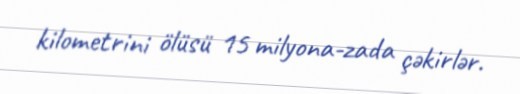
kilometrini ölüsü 15 milyona-zada çəkirlər.